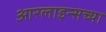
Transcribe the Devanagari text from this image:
आरलाइन्सच्या